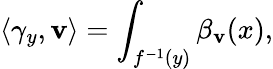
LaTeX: \langle\gamma_{y},\mathbf{v}\rangle=\int_{f^{-1}(y)}\beta_{\mathbf{v}}(x),